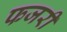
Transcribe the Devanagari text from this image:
फजरी